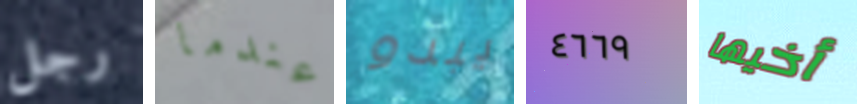
رجل عندما يبدو ٤٦٦٩ أخيها